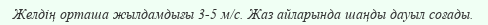
Желдің орташа жылдамдығы 3-5 м/с. Жаз айларында шаңды дауыл соғады.